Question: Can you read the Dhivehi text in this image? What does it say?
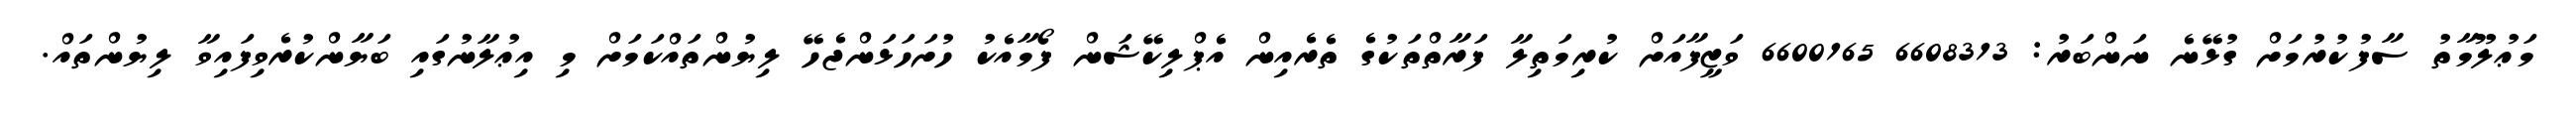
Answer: މަޢުލޫމާތު ސާފުކުރުމަށް ގުޅޭނެ ނަންބަރު: 6608313 6600165 ވަޒީފާއަށް ކުރިމަތިލާ ފަރާތްތަކުގެ ތެރެއިން އެޕްލިކޭޝަން ފޯމާއެކު ހުށަހަޅަންޖެހޭ ލިޔުންތައްކަމަށް މި އިޢުލާނުގައި ބަޔާންކުރެވިފައިވާ ލިޔުންތައް.